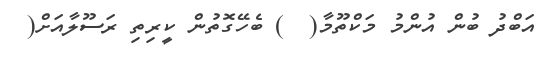
އަބްދު ބުން އުންމު މަކްތޫމާ(  ) ބެހޭގޮތުން ކީރިތި ރަސޫލާއަށް(